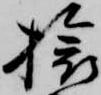
旅